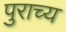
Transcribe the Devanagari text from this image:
पुराच्य